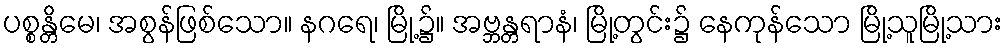
ပစ္စန္တိမေ၊ အစွန်ဖြစ်သော။ နဂရေ၊ မြို့၌။ အဗ္ဘန္တရာနံ၊ မြို့တွင်း၌ နေကုန်သော မြို့သူမြို့သား